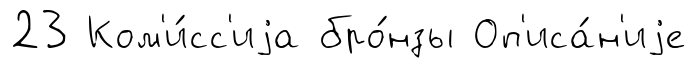
23 Ком'и́сс'иjа бро́нзы Оп'иса́н'иjе